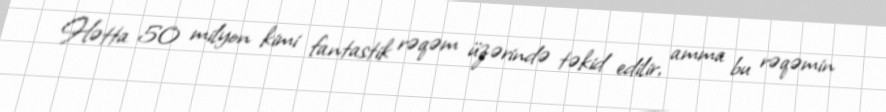
Hətta 50 milyon kimi fantastik rəqəm üzərində təkid edilir, amma bu rəqəmin